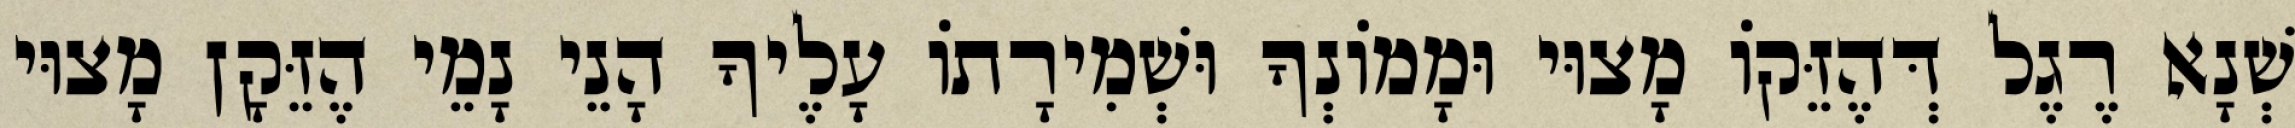
שְׁנָא רֶגֶל דְּהֶזֵּקוֹ מָצוּי וּמָמוֹנְךָ וּשְׁמִירָתוֹ עָלֶיךָ הָנֵי נָמֵי הֶזֵּקָן מָצוּי